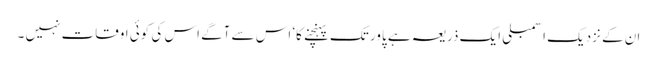
ان کے نزدیک اسمبلی ایک ذریعہ ہے پاور تک پہنچنے کا‘ اس سے آگے اس کی کوئی اوقات نہیں ۔